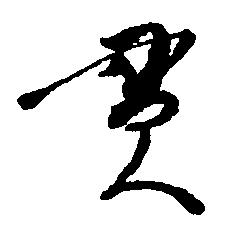
貫